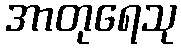
အာတုရေသု